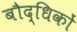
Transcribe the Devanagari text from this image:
बौद्धिकों